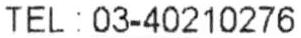
TEL : 03-40210276